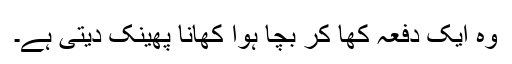
وہ ایک دفعہ کھا کر بچا ہوا کھانا پھینک دیتی ہے۔